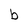
Character: b